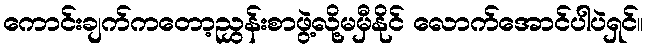
ကောင်းချက်ကတော့ညွှန်းစာဖွဲ့လို့မမှီနိုင် လောက်အောင်ပါပဲရှင်။